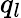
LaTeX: q_{l}